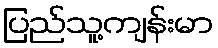
ပြည်သူ့ကျန်းမာ